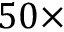
5 0 \times